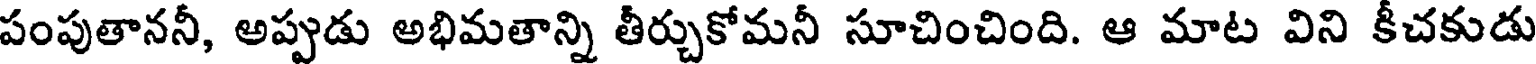
పంపుతాననీ, అప్పుడు అభిమతాన్ని తీర్చుకోమనీ సూచించింది. ఆ మాట విని కీచకుడు